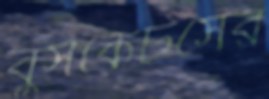
বুসকেটসের